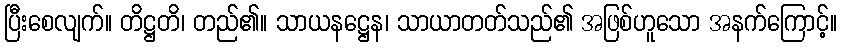
ပြီးစေလျက်။ တိဋ္ဌတိ၊ တည်၏။ သာယနဋ္ဌေန၊ သာယာတတ်သည်၏ အဖြစ်ဟူသော အနက်ကြောင့်။